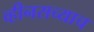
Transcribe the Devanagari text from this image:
व्हीनसच्याच